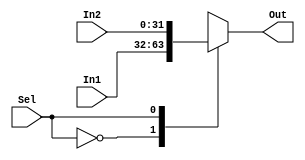
module Mult2to1_32b (In1,In2,Sel,Out);
	input [31:0] In1, In2;           // two 32-bit inputs
	input Sel; 				 // selector signal 2 bits
	output reg [31:0] Out; 			 // 32-bit output
	always @(Sel,In1, In2)
		case (Sel) 					
			0: Out =  In1;			
			1: Out =  In2;			
		endcase
	// initial 
	// #70 $display("Input for next PC = %d", In1);
endmodule

module Mult2to1_32bB (In1,In2,Sel,Out);
	input [31:0] In1, In2;           // two 32-bit inputs
	input [1:0] Sel; 				 // selector signal 2 bits
	output reg [31:0] Out; 			 // 32-bit output
	always @(Sel)
		case (Sel) 					
			0: Out = In1;			
			1: Out =  In2;			
		endcase
		//initial
		//#900$display("Mux B output: %d", Out);
endmodule

module Mult2to1_32pc (In1,In2,Sel,Out);
	//In1 = PC + 4
	//In2 = branch target
	input [31:0] In1, In2;           // two 32-bit inputs
	input Sel; 				 // selector signal 2 bits
	output reg [31:0] Out; 			 // 32-bit output
	always @(In1, In2, Sel)
		case (Sel) 					
			0: begin				
				Out =  In1;
				//$display("Case 0: Out = %d  In1 = %d", Out, In1);
			end			
			1: begin
				Out =  In2;
			    //$display("Case 1: Out = %d  In2 = %d", Out, In2);
			end			
		endcase		
endmodule